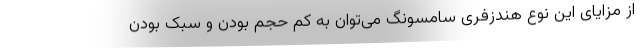
از مزایای این نوع هندزفری سامسونگ می‌توان به کم حجم بودن و سبک بودن